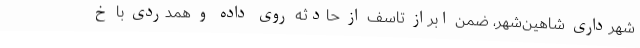
شهرداری شاهین‌شهر، ضمن ابراز تاسف از حادثه روی داده و همدردی با خ